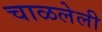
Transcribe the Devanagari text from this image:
चाळलेली